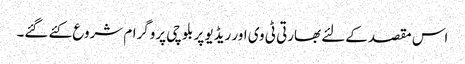
اس مقصد کےلئے بھارتی ٹی وی اور ریڈیو پر بلوچی پروگرام شروع کئے گئے۔